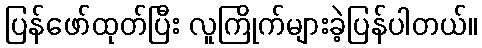
ပြန်ဖော်ထုတ်ပြီး လူကြိုက်များခဲ့ပြန်ပါတယ်။